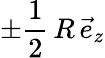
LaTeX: \pm\frac{1}{2}\, R\, \vec{e}_{z}